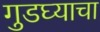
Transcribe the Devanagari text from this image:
गुडघ्याचा